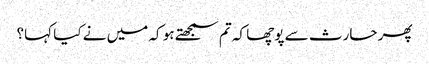
پھر حارث سے پوچھا کہ تم سمجھتے ہو کہ میں نے کیا کہا؟